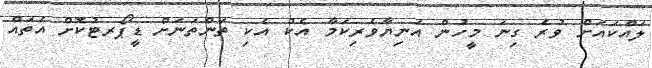
ލައްކައަށް ވުރެ ގިނަ މީހުން އަނިޔާވެރިކަމާ އެކު އެކި ތަންތަނަށް ޑީޕޯރޓުކޮށް އެތައް